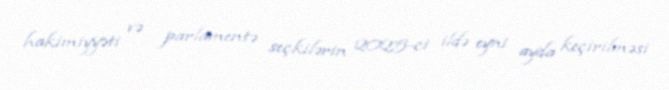
hakimiyyəti və parlamentə seçkilərin 2025-ci ildə eyni ayda keçirilməsi